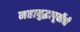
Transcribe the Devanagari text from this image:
महायुद्धापूर्वीची